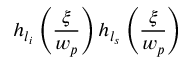
h _ { l _ { i } } \left( \frac { \xi } { w _ { p } } \right) h _ { l _ { s } } \left( \frac { \xi } { w _ { p } } \right)